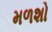
મળશો